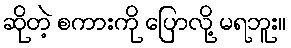
ဆိုတဲ့ စကားကို ပြောလို့ မရဘူး။